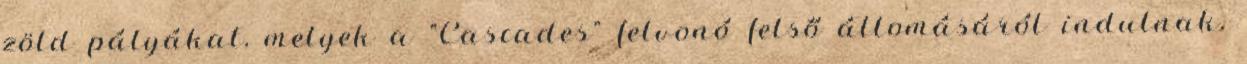
zöld pályákat, melyek a "Cascades" felvonó felső állomásáról indulnak.